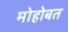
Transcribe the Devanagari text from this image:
मोहोबत